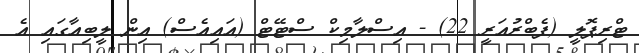
ޓްރިޕޮލީ (ފެބްރުއަރީ 22) - އިސްލާމިކް ސްޓޭޓް (އައިއެސް) އިން ލީބިއާގައި އެ